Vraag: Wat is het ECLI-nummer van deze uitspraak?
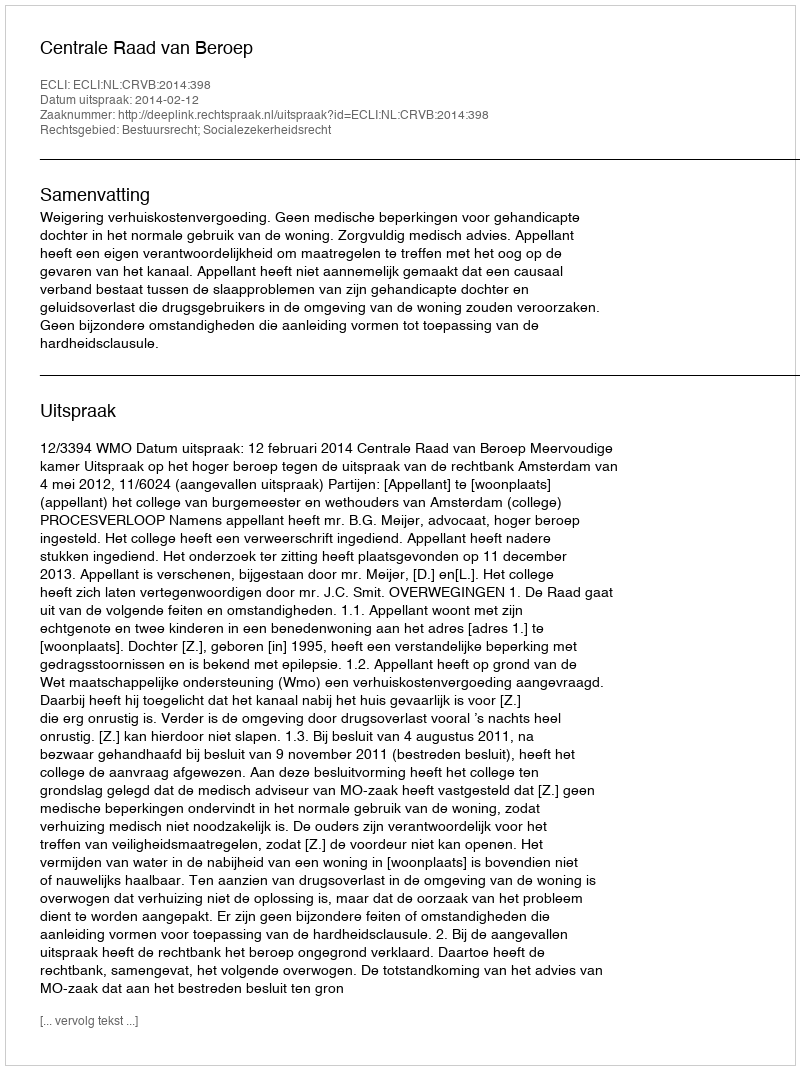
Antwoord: ECLI:NL:CRVB:2014:398